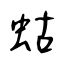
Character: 蛄